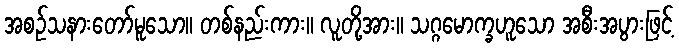
အစဉ်သနားတော်မူသော။ တစ်နည်းကား။ လူတို့အား။ သဂ္ဂမောက္ခဟူသော အစီးအပွားဖြင့်